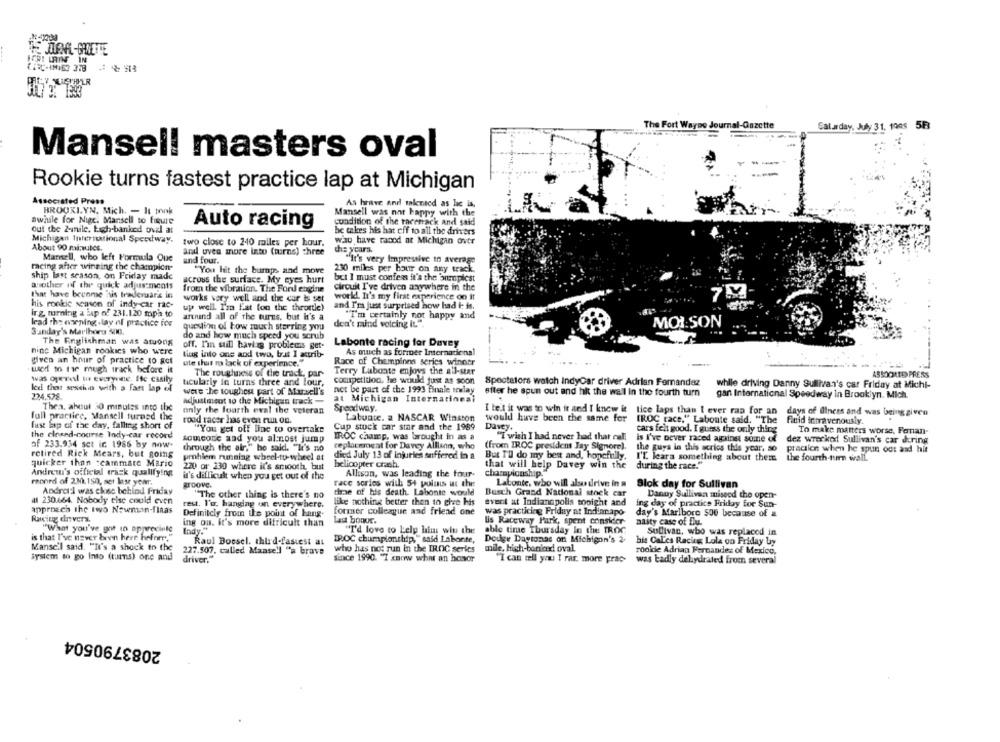
The Fort Wayne Journal-Gazette
Saladay, July 31. 1008
5F
Mansell masters oval
Rookie turns fastest practice lap at Michigan
Associated Press
As brave and talented as he is,
BROOKI.YN, Mich. - It took
Mansell was not happy with the
a
awhile for Nigc. Mansell to figure
condition of the racetrack and said
out the 2-nile. Each-banked oval at
Auto racing
be takes his hat off to all the drivers
Michigan Inferitional Speedway.
two close to 240 miles per hour.
wau have raced at Michigan over
About 90 minutes.
aral uvea more into (turns) three
chie years.
Mansell, who left Formula Que
and four.
"It's very Impressive in average
racing after winning the champion-
"You hit the bumps and move
230 miles per hour on any track.
ship last season, on Friday made
across the surface. My eyes hurt
but I must confess it's the onepicst
another of the quick adjustments
from the vibration. The Ford engine
circuit I've driven anywhere in the
that have become his traderaars in
work. It's my first experience on it
7M
his rookic season of indy car rac-
works very well and the car is set
and Ira just surprised how bad i: is.
up well. I'm fat (on the throttle)
ITg tuming a jap of 231.120 mpa to
artund all of the turns, but it's a
"I'm certainly not happy and
lead the onening .lay of practice ios
question of how rauch starring you
don't mind volcing It.".
MOI SON
Sunday's Marlboro 500.
The Englishman was among
do and how much speed you scrub
off. I'm sull having problems get-
Labonte racing for Davey
nine Michigan rookics who were
tug into one and two, but I astrib-
As much as former Internacional
given an hour of practice to get
ute that ro lack of experience."
Race of Champions series winner
wod to the mugh track before it
Terry Labonte enjoys the all-star
was gjevel u everyune ffe casily
The roughness of the track, par-
4550OLED PRESS
ticularly in turns three and four,
competition, he would just as soon
Spectators watch IndyCar driver Adrian Fernandez
while driving Danny Sullivan's car Friday at Michi-
Ice thet session with a fars lap el
were the toughest part of Marsell's
not be part of the 1993 finale indlay
efter he spun out and hit the wall in the fourth turn
gan International Speedway In Brooklyn. Mich.
224.578.
adjustment to the Michigan track -
at Michigan International
Thea. about 30 minutes into the
Speedway.
full practice, Mansell turned the
only the fourth oval the veteran
I teit it was to win it and I knew it tice laps than 1 ever ran for an
days of Ilness and was being given
road racer has even run on.
Labunte. a NASCAR Winston
would have been the same for
[ROC race," Labonte said, "The
Fluid intravenously.
fust lap of the day, falling short of
"You get off line to overtake
Cup stock car star and the 1989
Davey.
cars felt good. I guess the only thing
To make matters worse, Fanan-
the closed-course Indy car record
someone and you al:nost jump
IROC champ, was brought in as a
"I wish I had never had that cal.
is I've never raced against some of
of 233.934 set ic 1986 by now.
replacement for Davey Allison, who
dez wrecked Sullivan's car during
through the air," bo said. "It's no
(from IROC president Jay Signore).
the guys in this series this year, so
pracalen when he spun out and hit
retired Rick Mears, but going
problem running wheel-to-wheel at
died July 13 of injuries suffered in a
But I'll do my best and, hopefully.
I'L. leara something about theme the fourth-turn wall.
quicker than :cammate Mario
220 or 230 where it's smooth, but
helicopter crash.
that will help Davey win the during the race."
Andrew's official track qualifying
Allison, was leading the four-
championship.
reoned of 2.3. 150, set last year.
it's difficult when you get out of the
race series with 54 polos us the
Laconte, who will also drive in a
RTDOVE.
Blok day for Sullivan
Andrer ] was close behind Friday
"The other thing is there's no
dime of his death. Labonte would
Busch Grand National stock car
Danny Sullivan missed the open-
# 230.664. Nobody cisc could even
rest. l'u, hanging on everywhere.
like nothing better than to give his
event at Indianapolis tonight and
ing day of practice Friday for Sun-
approach the two Newnin-flaas
Definitely from the point of hang-
former colleague and friend one
was practicing Friday at Indianapo
day's Marlboro 500 because of a
Racing drivers.
lad bonus.
ing ou. it's more difficult than
lis Raceway Park, spent consider
nasty case of Elu.
"What you've got to appreciate
Indy."
"I'd love to Lely laim win the
able time Thursday In the TROC
Sullivan, who was replaced in
is that I've never been here hefner."
Raul Boesel. third-fastest at
IROC championship," said Labonte,
Dodge Daytonas on Michigon's 2-
bis CaL'es Racing Lola on Friday by
Manse'l said. "It's a shock to the
227.507. called Manse !! "a brave
who has not run in the IROC series
mile, hisch-banked oval.
rookie Adrian Fernandez of Mexico,
System to go Into (tums) one and
driver."
since 1990. "I canw what an hovor
"I can tell you I rar. more prac-
was badly dehydrated from several
2083790504